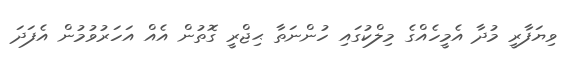
ވިޔަފާރީ މުދާ އެމީހެއްގެ މިލްކުގައި ހުންނަތާ ޙިޖްރީ ގޮތުން އެއް އަހަރުވުމުން އެފަދަ